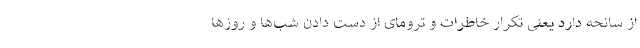
از سانحه دارد یعنی تکرار خاطرات و ترومای از دست دادن شب‌ها و روز‌ها